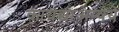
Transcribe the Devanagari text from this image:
कायद्याअन्वये